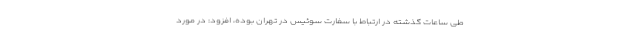
طی ساعات گذشته در ارتباط با سفارت سوئیس در تهران بوده، افزود: در مورد